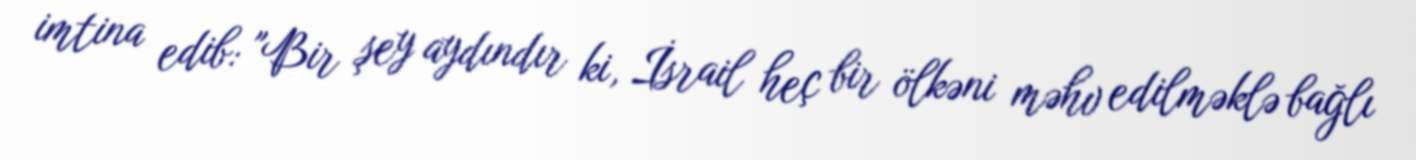
imtina edib: "Bir şey aydındır ki, İsrail heç bir ölkəni məhv edilməklə bağlı